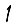
Digit: 1